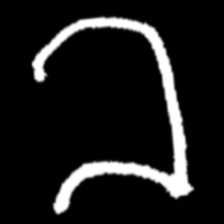
Pyu character \u2014 Myanmar letter: ခ (romanized: kha)